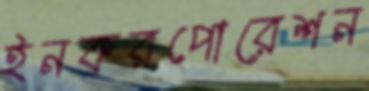
ইনকরপোরেশন